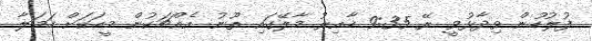
ފުލުހުން ވިދާޅުވީ ރޭ 9:35 ހާއިރު މާލޭގައި ތޫނު އެއްޗަކުން މީހަކަށް ހަމަލާ